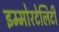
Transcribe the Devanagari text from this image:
इम्मोरटेलिटी